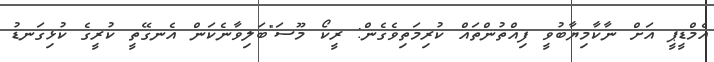
އެމްޑީޕީ އަށް ނާކާމިޔާބުވީ ފިއްތުންތައް ކުރިމަތިވެގެން: ރީކޯ މޫސަ"ބަލިވާނެކަން އެނގޭތީ ކުރީގެ ކުޅިގަނޑު